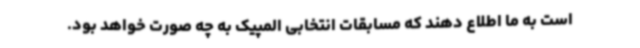
است به ما اطلاع دهند که مسابقات انتخابی المپیک به چه صورت خواهد بود.